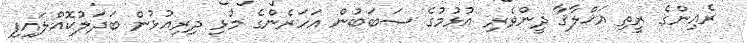
ރެއިންގެ ރީތި އަޚްލާޤާ ދީންވެރި އުޅުމުގެ ސަބަބުން އަހަރެންގެ މުޅި ދިރިއުޅުން ބަދަލުކޮއްލައިފި